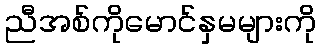
ညီအစ်ကိုမောင်နှမများကို